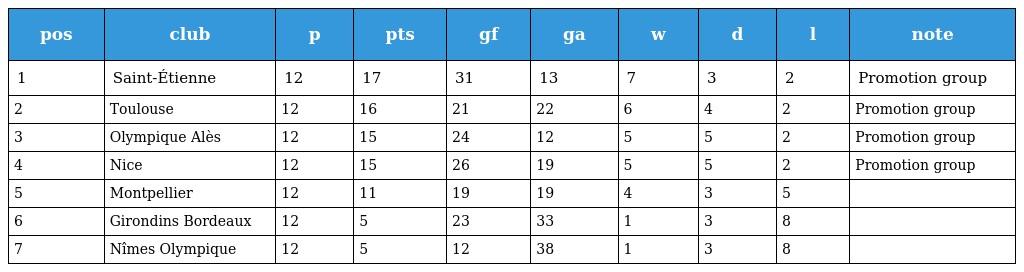
| pos | club | p | pts | gf | ga | w | d | l | note |
 | --- | --- | --- | --- | --- | --- | --- | --- | --- | --- |
 | 1 | Saint-Étienne | 12 | 17 | 31 | 13 | 7 | 3 | 2 | Promotion group |
 | 2 | Toulouse | 12 | 16 | 21 | 22 | 6 | 4 | 2 | Promotion group |
 | 3 | Olympique Alès | 12 | 15 | 24 | 12 | 5 | 5 | 2 | Promotion group |
 | 4 | Nice | 12 | 15 | 26 | 19 | 5 | 5 | 2 | Promotion group |
 | 5 | Montpellier | 12 | 11 | 19 | 19 | 4 | 3 | 5 |  |
 | 6 | Girondins Bordeaux | 12 | 5 | 23 | 33 | 1 | 3 | 8 |  |
 | 7 | Nîmes Olympique | 12 | 5 | 12 | 38 | 1 | 3 | 8 |  |